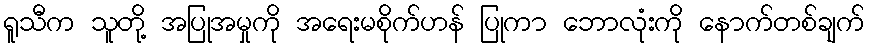
ရူသီက သူတို့ အပြုအမှုကို အရေးမစိုက်ဟန် ပြုကာ ဘောလုံးကို နောက်တစ်ချက်